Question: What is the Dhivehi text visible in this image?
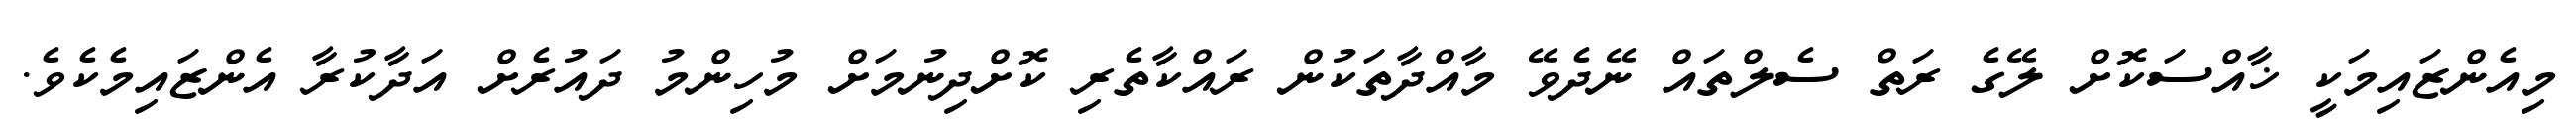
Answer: މިއެންޒައިމަކީ ޚާއްސަކޮށް ލޭގެ ރަތް ސެލްތައް ނޭދެވޭ މާއްދާތަކުން ރައްކާތެރި ކޮށްދިނުމަށް މުހިންމު ދައުރެށް އަދާކުރާ އެންޒައިމެކެވެ.